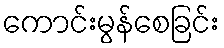
ကောင်းမွန်စေခြင်း